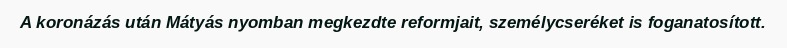
A koronázás után Mátyás nyomban megkezdte reformjait, személycseréket is foganatosított.